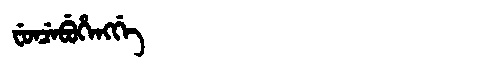
Manchu: ᠸᡠᠨᠴᡝᠪᡠᡥᡝᠩᡤᡝ
Romanization: FUNCEBUHENGGE